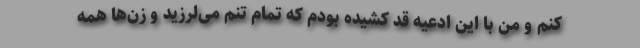
کنم و من با این ادعیه قد کشیده بودم که تمام تنم می‌لرزید و زن‌ها همه